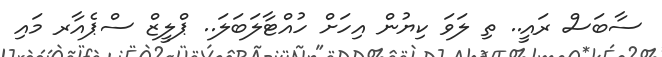
ސާބަސް ރައީ.. ތި ލަވަ ކިޔުން އިހަށް ހުއްޓާލަބަލަ.. ޕްލީޒް ސްޕެއާރ މައި